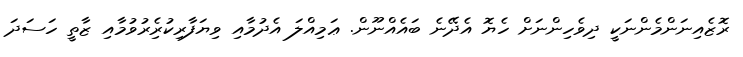
ރޮޒެއިނަންމެންނަކީ ދިވެހިންނަށް ހެޔޮ އެދޭނެ ބައެއްނޫން. ޢަމިއްލަ އެދުމާއި ވިޔަފާރިކުރިެރުވުމާއި ޒާތީ ހަސަދަ